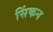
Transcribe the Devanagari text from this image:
सिंकन